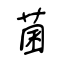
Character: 菌